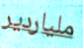
ملياردير